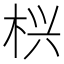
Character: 𱣖